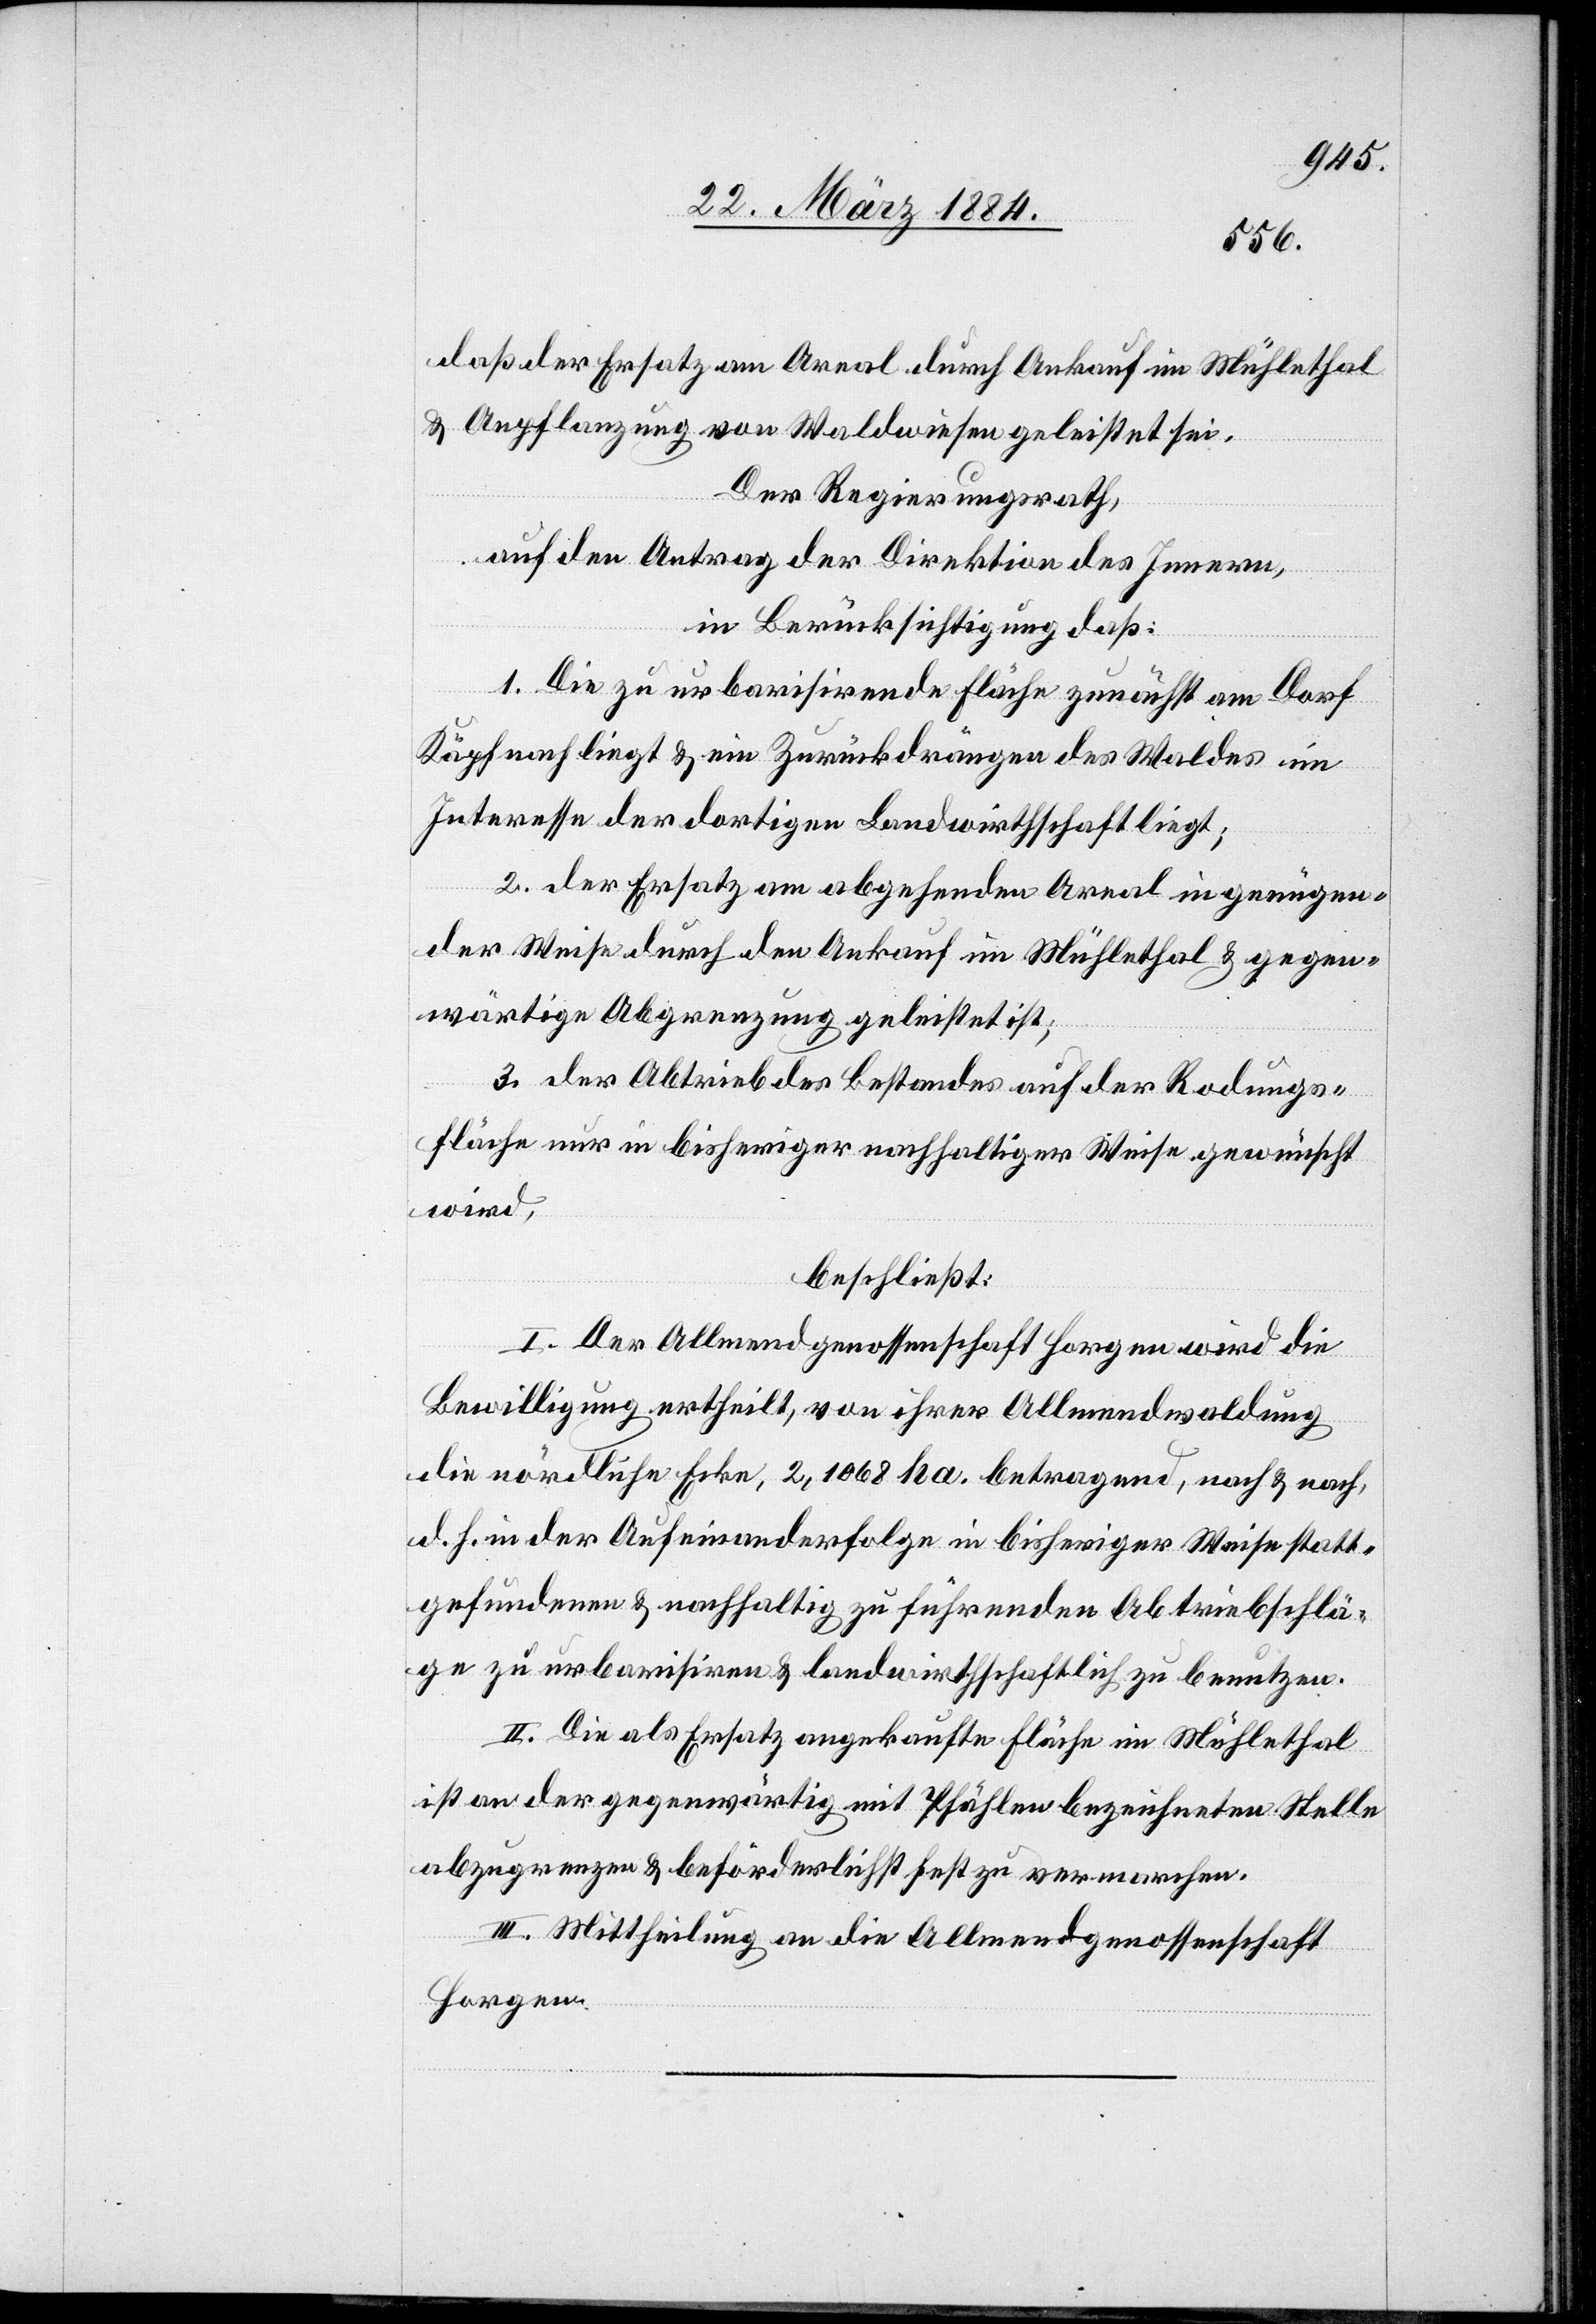
daß der Ersatz am Areal durch Ankauf im Mühlethal
& Anpflanzung von Waldwiesen geleistet sei.
Der Regierungsrath,
auf den Antrag der Direktion des Innern,
in Berücksichtigung, daß:
1. Die zu urbarisirende Fläche zunächst am Dorf
Käpfnach liegt & ein Zurückdrängen des Waldes im
Interesse der dortigen Landwirtschaft liegt;
2. Der Ersatz am abgehenden Areal in genügen¬
der Weise durch den Ankauf im Mühlethal & gegen¬
wärtige Abgrenzung geleistet ist;
3. Der Abtrieb des Bestandes auf der Rodungs¬
fläche nur in bisheriger nachhaltiger Weise gewünscht
wird,
beschließt:
I. Der Allmendgenossenschaft Horgen wird die
Bewilligung ertheilt, von ihrer Allmendwaldung
die nördliche Ecke, 2,1068 ha betragend, nach & nach,
d. h. in der Aufeinanderfolge in bisheriger Weise statt¬
gefundener & nachhaltig zu führender Abtriebschlä¬
ge zu urbarisiren & landwirthschaftlich zu benutzen.
II. Die als Ersatz angekaufte Fläche im Mühlethal
ist an der gegenwärtig mit Pfählen bezeichneten Stelle
abzugrenzen & beförderlichst fest zu vermarchen.
III. Mittheilung an die Allmendgenossenschaft
Horgen.